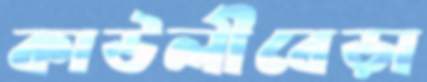
কাউলীবেড়া